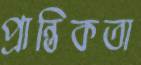
প্রান্তিকতা